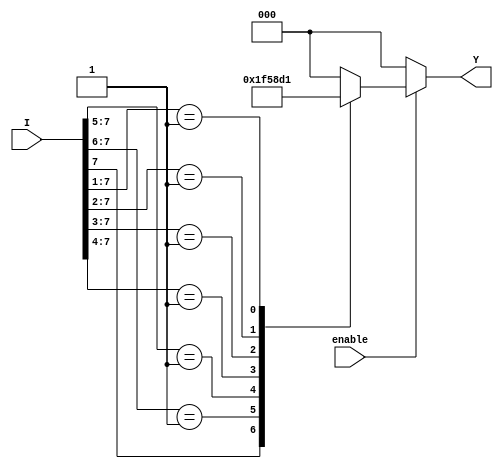
module Encoder8to3 (
    input wire [7:0] I,    // 8 input lines
    input wire enable,      // Enable input
    output reg [2:0] Y     // 3 output lines
);

// Always block to implement encoding logic
always @(*) begin
    if (!enable) begin
        Y = 3'b000; // Set output to default when not enabled
    end else begin
        casez (I) // Use casez to handle don't cares
            8'b1??????? : Y = 3'b111; // I7 active
            8'b01?????? : Y = 3'b110; // I6 active
            8'b001????? : Y = 3'b101; // I5 active
            8'b0001???? : Y = 3'b100; // I4 active
            8'b00001??? : Y = 3'b011; // I3 active
            8'b000001?? : Y = 3'b010; // I2 active
            8'b0000001? : Y = 3'b001; // I1 active
            8'b00000001 : Y = 3'b000; // I0 active
            default:      Y = 3'b000; // All inputs inactive or invalid
        endcase
    end
end

endmodule